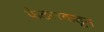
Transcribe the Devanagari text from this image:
फेडररकडून